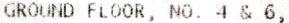
GROUND FLOOR, NO. 4 & 6,